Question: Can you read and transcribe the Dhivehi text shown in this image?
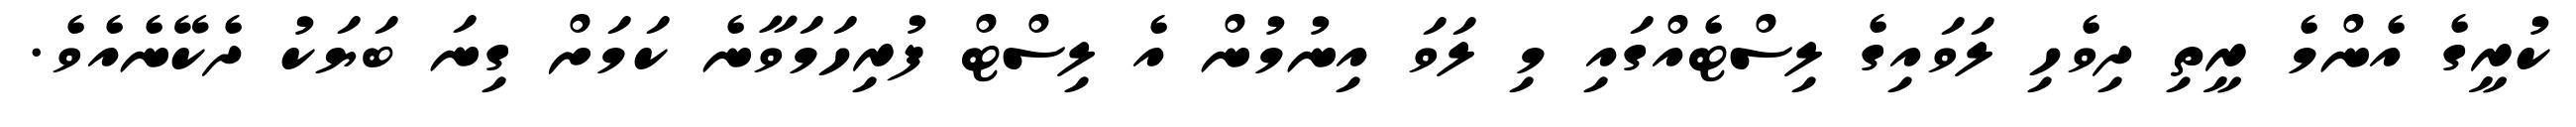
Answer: ކުރީގެ އެންމެ ރީތި ދިވެހި ލަވައިގެ ލިސްޓެއްގައި މި ލަވަ އިނުމުން އެ ލިސްޓް ފުރިހަމަވާނެ ކަމަށް ގިނަ ބަޔަކު ދެކޭނެއެވެ.